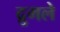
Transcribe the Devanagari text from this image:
द्रुमले